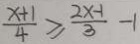
\frac { x + 1 } { 4 } \geq \frac { 2 x - 1 } { 3 } - 1